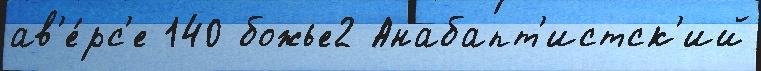
ав'е́рс'е 140 божье2 Анабапт'истск'ий